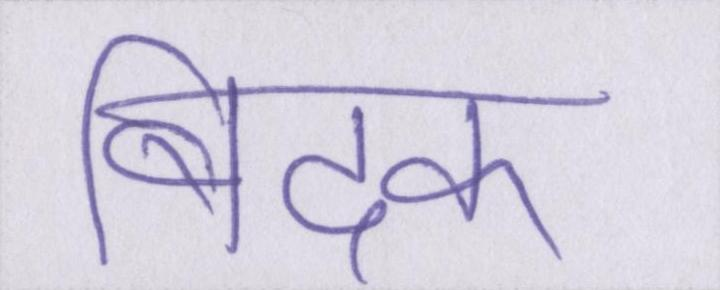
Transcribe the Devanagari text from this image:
बिदक